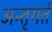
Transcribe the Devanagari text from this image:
अन्तृगर्त